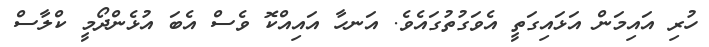
ހުރި އައިމަން އަޅައިގަތީ އެވަގުތުގައެވެ. އަނހާ އައިއްކޮ ވެސް އެބަ އުޅެންދޯމީ ކްލާސް